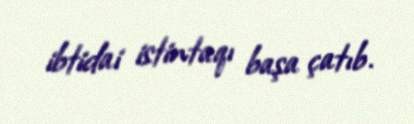
ibtidai istintaqı başa çatıb.